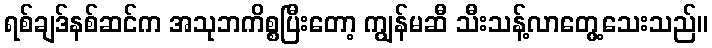
ရစ်ချဒ်နစ်ဆင်က အသုဘကိစ္စပြီးတော့ ကျွန်မဆီ သီးသန့်လာတွေ့သေးသည်။